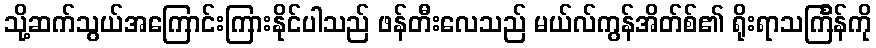
သို့ဆက်သွယ်အကြောင်းကြားနိုင်ပါသည် ဖန်တီးလေသည် မယ်လ်ကွန်အိတ်စ်၏ ရိုးရာသင်္ကြန်ကို